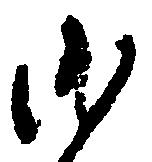
沙